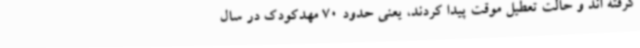
گرفته اند و حالت تعطیل موقت پیدا کردند، یعنی حدود 70 مهدکودک در سال